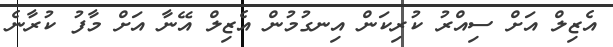
އެޒިލް އަށް ސިއްރު ކުރިކަން އިނގުމުން އެޒިލް އޭނާ އަށް މާފު ކުރާނެ